Annual administration report of the Civil Veterinary Department of India - 1897-1898
Year: 1897
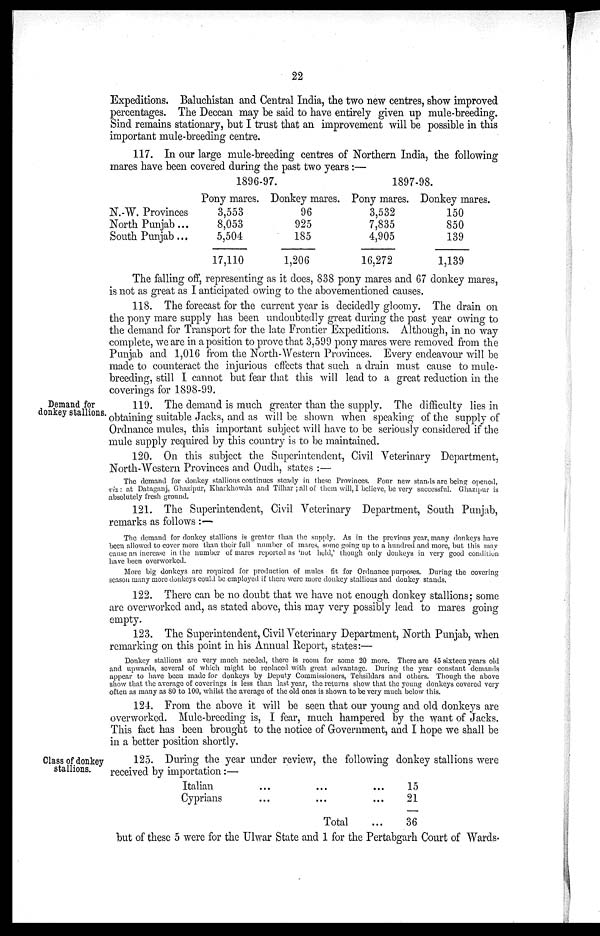
22
Expeditions. Baluchistan and Central India, the two new centres, show improved
percentages. The Deccan may be said to have entirely given up mule-breeding.
Sind remains stationary, but I trust that an improvement will be possible in this
important mule-breeding centre.
117. In our large mule-breeding centres of Northern India, the following
mares have been covered during the past two years:—
N.-W. Provinces
North Punjab ...
South Punjab ...
1896-97.
Pony mares.
3,553
8,053
5,504
17,110
Donkey mares.
96
925
185
1,206
1897-98.
Pony mares.
3,532
7,835
4,905
16,272
Donkey mares.
150
850
139
1,139
The falling off, representing as it does, 838 pony mares and 67 donkey mares,
is not as great as I anticipated owing to the abovementioned causes.
118. The forecast for the current year is decidedly gloomy. The drain on
the pony mare supply has been undoubtedly great during the past year owing to
the demand for Transport for the late Frontier Expeditions. Although, in no way
complete, we are in a position to prove that 3,599 pony mares were removed from the
Punjab and 1,016 from the North-Western Provinces. Every endeavour will be
made to counteract the injurious effects that such a drain must cause to mule-
breeding, still I cannot but fear that this will lead to a great reduction in the
coverings for 1898-99.
Demand for
donkey stallions.
119. The demand is much greater than the supply. The difficulty lies in
obtaining suitable Jacks, and as will be shown when speaking of the supply of
Ordnance mules, this important subject will have to be seriously considered if the
mule supply required by this country is to be maintained.
120. On this subject the Superintendent, Civil Veterinary Department,
North-Western Provinces and Oudh, states :—
The demand for donkey stallions continues steady in these Provinces. Four new stands are being opened,
viz: at Dataganj, Ghazipur, Kharkhowda and Tilhar ; all of them will, I believe, be very successful. Ghazipur is
absolutely fresh ground.
121. The Superintendent, Civil Veterinary Department, South Punjab,
remarks as follows :—
The demand for donkey stallions is greater than the supply. As in the previous year, many donkeys have
been allowed to cover more than their full number of mares, some going up to a hundred and more, but this may
cause an increase in the number of mares reported as 'not held,' though only donkeys in very good condition
have been overworked.
More big donkeys are required for production of mules fit for Ordnance purposes. During the covering
season many more donkeys could be employed if there were more donkey stallions and donkey stands.
122. There can be no doubt that we have not enough donkey stallions; some
are overworked and, as stated above, this may very possibly lead to mares going
empty.
123. The Superintendent, Civil Veterinary Department, North Punjab, when
remarking on this point in his Annual Report, states:—
Donkey stallions are very much needed, there is room for some 20 more. There are 45 sixteen years old
and upwards, several of which might be replaced with great advantage. During the year constant demands
appear to have been made for donkeys by Deputy Commissioners, Tehsildars and others. Though the above
show that the average of coverings is less than last year, the returns show that the young donkeys covered very
often as many as 80 to 100, whilst the average of the old ones is shown to be very much below this.
124. From the above it will be seen that our young and old donkeys are
overworked. Mule-breeding is, I fear, much hampered by the want of Jacks.
This fact has been brought to the notice of Government, and I hope we shall be
in a better position shortly.
Class of donkey
stallions.
125. During the year under review, the following donkey stallions were
received by importation:—
Italian
Cyprians
...
...
Total
...
...
15
21
36
but of these 5 were for the Ulwar State and 1 for the Pertabgarh Court of Wards-